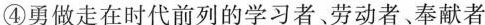
④勇做走在时代前列的学习者、劳动者、奉献者